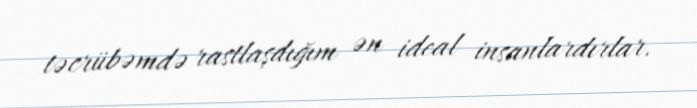
təcrübəmdə rastlaşdığım ən ideal insanlardırlar.